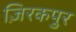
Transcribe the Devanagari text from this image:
ज़िरकपुर